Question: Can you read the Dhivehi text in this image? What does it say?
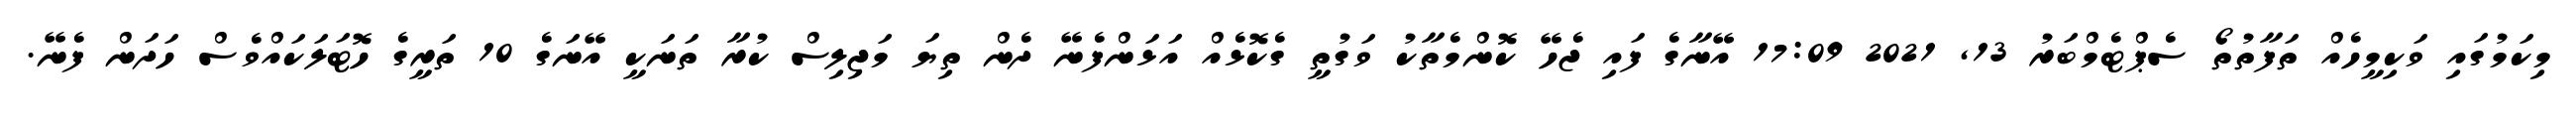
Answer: މިކަމުގައި ވަކިމީހެއް ތަފާތުތޯ ސެޕްޓެމްބަރު 13, 2021 17:09 އޭނާގެ ފައި ޖެހޭ ކޮންމެތާކު ވަގުތީ ގެކޮޅެއް އަޅަންފެނޭ ދެން ތިޔަ މަޖިލިސް ކުރާ ތަނަކީ އޭނަގެ 10 ތަރީގެ ހޮޓަލަކައްވެސް ހަދަން ފެނޭ.